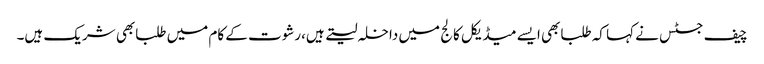
چیف جسٹس نے کہا کہ طلبابھی ایسے میڈیکل کالج میں داخلہ لیتے ہیں،رشوت کے کام میں طلبابھی شریک ہیں۔